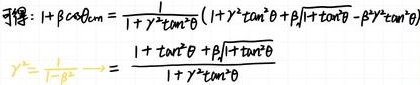
\[
\begin{align*}
  得:\ 1+\beta\alpha_{\mathrm{eqn}}&=\frac{1}{1+\gamma^{2}\tan^{2}\theta}(1 + \gamma^{2}\tan^{2}\theta+\beta/\sqrt{1 + \tan^{2}\theta}-\beta\gamma^{2}\tan^{2}\theta)\\
  \gamma^{*}=\frac{1}{\sqrt{1 - \beta^{2}}}&=\frac{1+\gamma^{2}\tan^{2}\theta+\beta/\sqrt{1 + \tan^{2}\theta}-\beta\gamma^{2}\tan^{2}\theta}{1+\gamma^{2}\tan^{2}\theta}
\end{align*}
\]